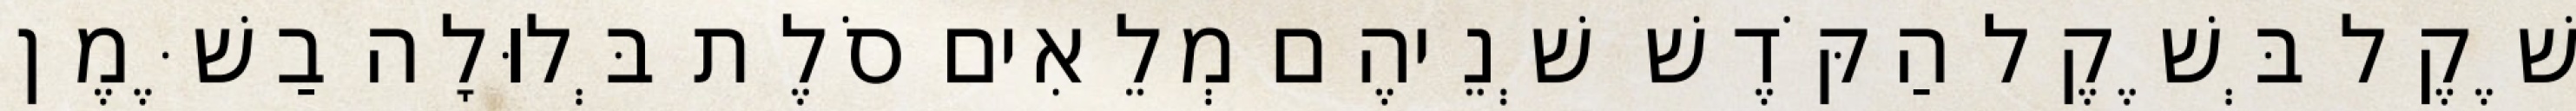
שֶׁקֶל בְּשֶׁקֶל הַקֹּדֶשׁ שְׁנֵיהֶם מְלֵאִים סֹלֶת בְּלוּלָה בַשֶּׁמֶן